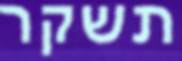
תשקר